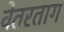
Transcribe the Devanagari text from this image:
वेतरताग